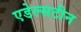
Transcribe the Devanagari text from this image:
एडेल्सटीन